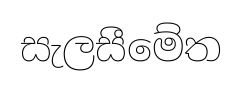
සැලසීමේත